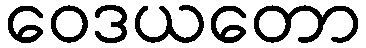
ဝေဒယတော